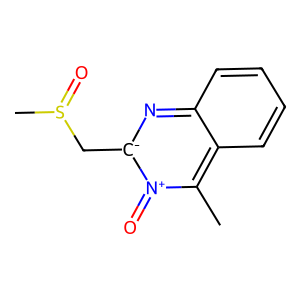
SMILES: Cc1c2ccccc2n[c-](CS(C)=O)[n+]1=O
Inhibits HIV replication: No